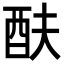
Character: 酜